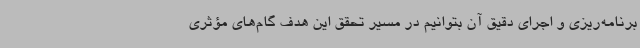
برنامه‌ریزی و اجرای دقیق آن بتوانیم در مسیر تحقق این هدف گام‌های مؤثری